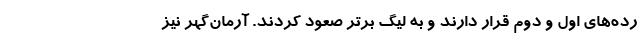
رده‌های اول و دوم قرار دارند و به لیگ برتر صعود کردند. آرمان‌گهر نیز